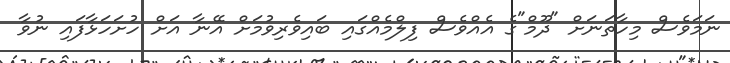
ނަމަވެސް މިހާތަނަށް "ދޫމް"ގެ އެއްވެސް ފިލްމެއްގައި ބައިވެރިވުމަށް އޭނާ އަށް ހުށަހަޅާފައި ނުވާ